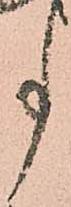
事